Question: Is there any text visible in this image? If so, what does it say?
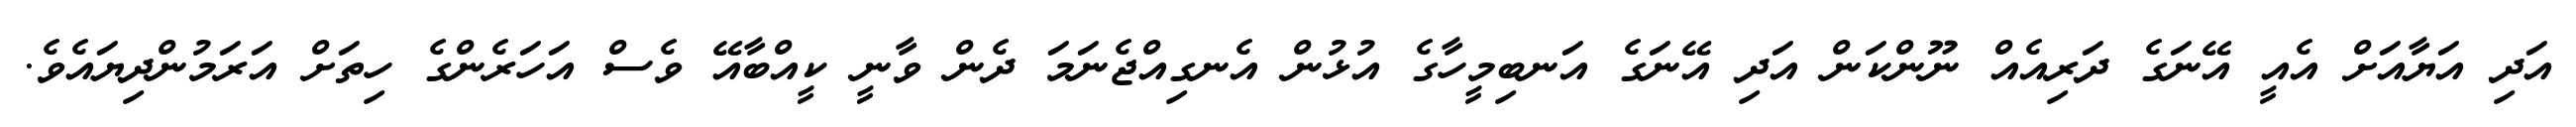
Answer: އަދި އަޔާއަށް އެއީ އޭނަގެ ދަރިއެއް ނޫންކަން އަދި އޭނަގެ އަނބިމީހާގެ އުޅުން އެނގިއްޖެނަމަ ދެން ވާނީ ކީއްބާއޭ ވެސް އަހަރެންގެ ހިތަށް އަރަމުންދިޔައެވެ.